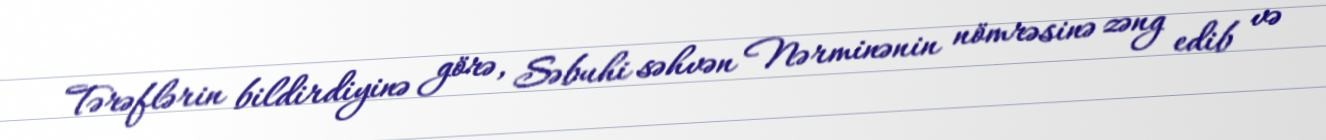
Tərəflərin bildirdiyinə görə, Səbuhi səhvən Nərminənin nömrəsinə zəng edib və